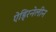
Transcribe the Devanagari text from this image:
ऐड्रिनेलीन